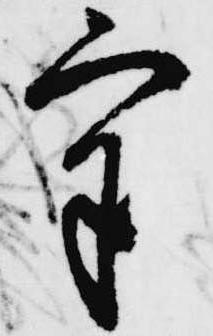
気